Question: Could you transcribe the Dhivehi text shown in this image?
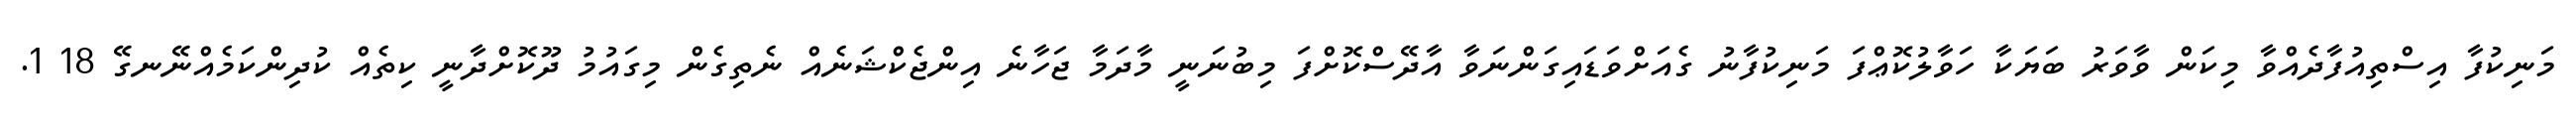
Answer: މަނިކުފާ އިސްތިއުފާދެއްވާ މިކަން ވާވަރު ބަޔަކާ ހަވާލުކޮޢްފަ މަނިކުފާނު ގެއަށްވަޑައިގަންނަވާ އާދޭސްކޮށްފަ މިބުނަނީ މާދަމާ ޖަހާނެ އިންޖެކްޝަނެއް ނެތިގެން މިގައުމު ދޫކޮށްދާނީ ކިތެއް ކުދިންކަމެއްނޭނގޭ 18 1.